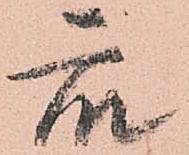
衆